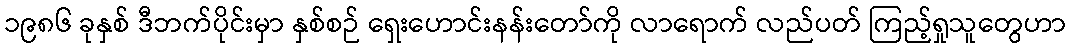
၁၉၈၆ ခုနှစ် ဒီဘက်ပိုင်းမှာ နှစ်စဉ် ရှေးဟောင်းနန်းတော်ကို လာရောက် လည်ပတ် ကြည့်ရှုသူတွေဟာ